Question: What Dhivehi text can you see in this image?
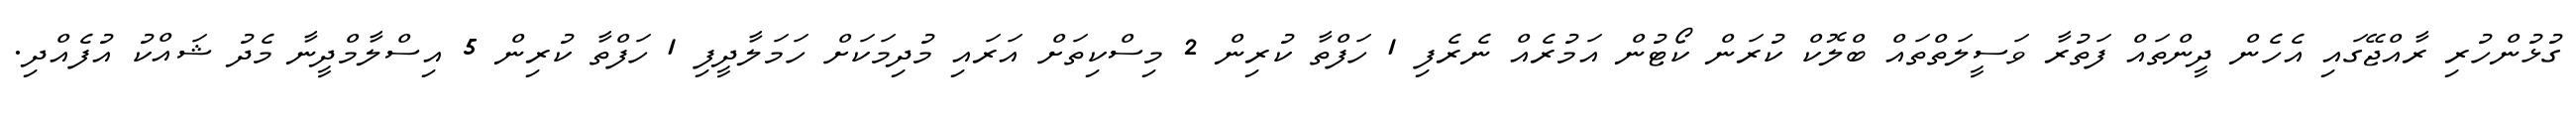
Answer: ގުޅުންހުރި ރާއްޖޭގައި އެހެން ދީންތައް ފަތުރާ ވަސީލަތްތައް ބްލޮކް ކުރަން ކޯޓުން އަމުރެއް ނެރެފި 1 ހަފްތާ ކުރިން 2 މިސްކިތަށް އަރައި މުދިމަކަށް ހަމަލާދީފި 1 ހަފްތާ ކުރިން 5 އިސްލާމްދީނާ މެދު ޝައްކު އުފެއްދި.